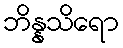
ဘိန္နသိရော